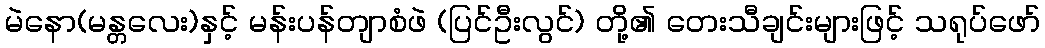
မဲနော(မန္တလေး)နှင့် မန်းပန်တျာစံဖဲ (ပြင်ဦးလွင်) တို့၏ တေးသီချင်းများဖြင့် သရုပ်ဖော်